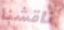
ناقشنا